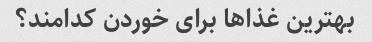
بهترین غذاها برای خوردن کدامند؟